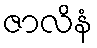
ဇာလိနံ